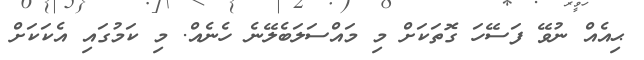
ޙިއެއް ނުވޭ ފަސޭހަ ގޮތަކަށް މި މައްސަލަބެލޭނެ ހެނެއް. މި ކަމުގައި އެކަކަށް